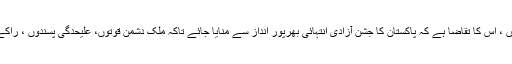
انہوں نے کہاکہ مہاجروں نے پاکستان بنانے کیلئے جس پیمانے پر قربانیاں دی ہیں ، اس کا تقاضا ہے کہ پاکستان کا جشن آزادی انتہائی بھرپور انداز سے منایا جائے تاکہ ملک دشمن قوتوں، علیحدگی پسندوں ، راکے ایجنٹوں کو یہ پتہ لگ سکے کہ زندہ قومیں اپنا جشن آزادی کس طرح مناتے ہیں۔